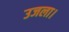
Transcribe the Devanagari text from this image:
उजला।